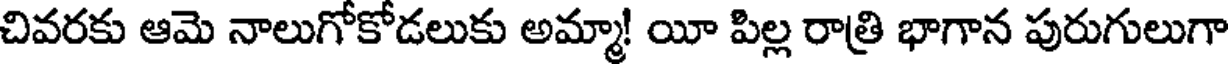
చివరకు ఆమె నాలుగోకోడలుకు అమ్మా! యీ పిల్ల రాత్రి భాగాన పురుగులుగా